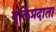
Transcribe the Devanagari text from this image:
मुक्तिप्रदाता